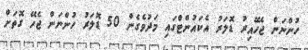
ހުންނަން ޖެހޭއިރު ޑޮލަރު އެކައުންޓްގައި މަދުވެގެން 50 ޑޮލަރު ހުންނަން ޖެހޭ ގޮތަށް